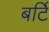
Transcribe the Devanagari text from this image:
बर्टि